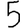
Digit: 5